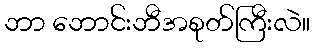
ဘာ ဘောင်းဘီအစုတ်ကြီးလဲ။